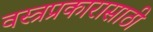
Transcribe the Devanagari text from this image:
वस्त्रप्रकारासाठी